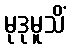
မုဒုမူသိံ